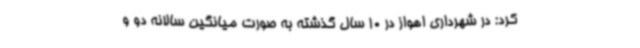
کرد: در شهرداری اهواز در 10 سال گذشته به صورت میانگین سالانه دو و